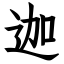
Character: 迦